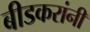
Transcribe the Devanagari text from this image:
बीडकरांनी